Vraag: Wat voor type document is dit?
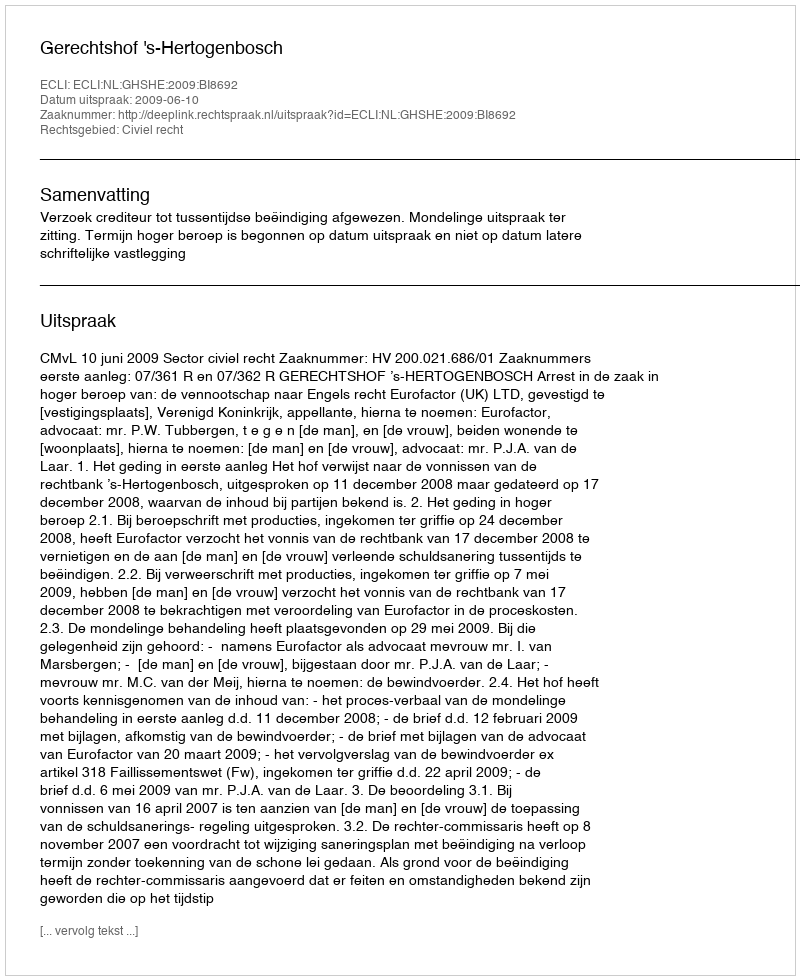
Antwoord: Uitspraak